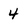
Character: 4